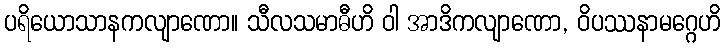
ပရိယောသာနကလျာဏော။ သီလသမာဓီဟိ ဝါ အာဒိကလျာဏော, ဝိပဿနာမဂ္ဂေဟိ